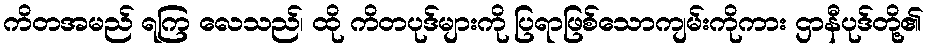
ကိတအမည် ရကြ လေသည်၊ ထို ကိတပုဒ်များကို ပြရာဖြစ်သောကျမ်းကိုကား ဌာနီပုဒ်တို့၏